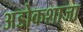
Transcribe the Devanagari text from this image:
अडोकशाजा